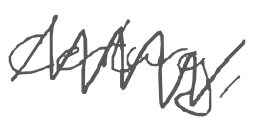
Text: century,
Cross-out: zig-zag
Writing tool: digital_gray